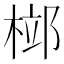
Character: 𣓱